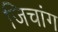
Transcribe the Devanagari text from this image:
जिचांग